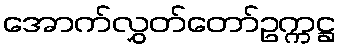
အောက်လွှတ်တော်ဥက္ကဋ္ဌ